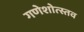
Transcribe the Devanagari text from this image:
गणेशोत्स्तव